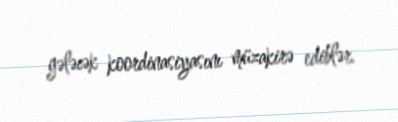
gələcək koordinasiyasını müzakirə ediblər.